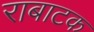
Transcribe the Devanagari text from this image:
राबाटक